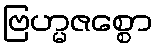
ဗြဟ္မဇစ္စော